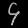
Digit: ၄